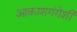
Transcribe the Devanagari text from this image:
आकाशगंगेशी